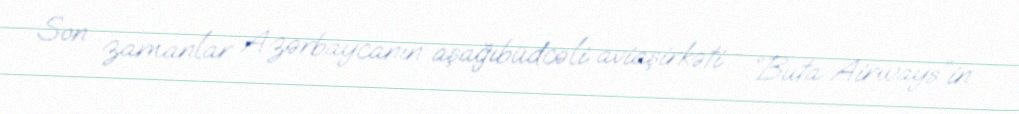
Son zamanlar Azərbaycanın aşağıbüdcəli aviaşirkəti - “Buta Airways”in